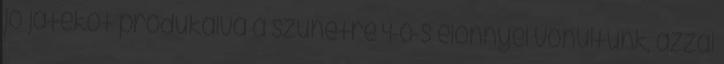
jó játékot produkálva a szünetre 4-0-s előnnyel vonultunk, azzal